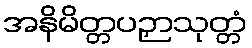
အနိမိတ္တပဉှာသုတ္တံ